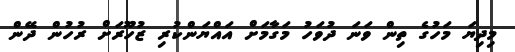
މިދިޔަ މަހުގެ ތިން ވަނަ ދުވަހު މަގާމަށް އައްޔަންކުރި ޒުހޫރަށް ރުހުން ދޭން